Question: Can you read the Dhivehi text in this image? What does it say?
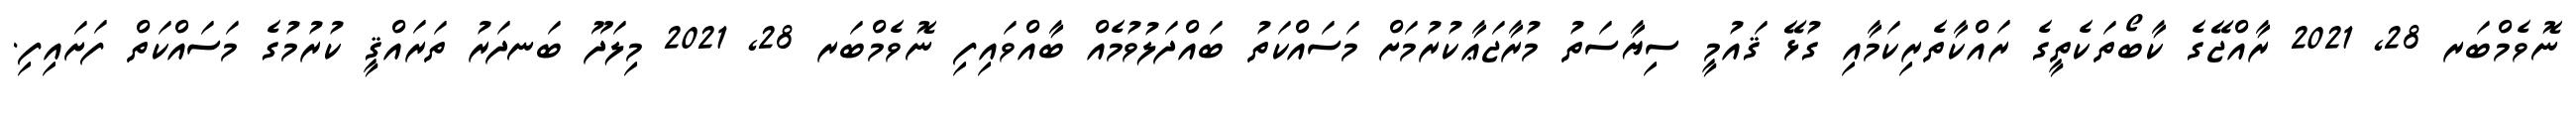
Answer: ނޮވެމްބަރ 28, 2021 ރާއްޖޭގެ ކާބޯތަކެތީގެ ރައްކާތެރިކަމާއި ގުޅޭ ޤައުމީ ސިޔާސަތު މުރާޖަޢާކުރުމަށް މަސައްކަތު ބައްދަލުވުމެއް ބާއްވައިފި ނޮވެމްބަރ 28, 2021 މިލަދޫ ބަނދަރު ތަރައްޤީ ކުރުމުގެ މަސައްކަތް ފަށައިފި.